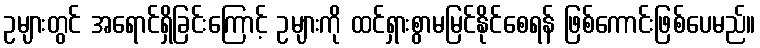
ဥများတွင် အရောင်ရှိခြင်းကြောင့် ဥများကို ထင်ရှားစွာမမြင်နိုင်စေရန် ဖြစ်ကောင်းဖြစ်ပေမည်။